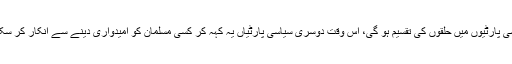
اگر ’گٹھ بندھن ‘ہو گیا تب ’گٹھ بندھن ‘میں شامل سیاسی پارٹیوں میں حلقوں کی تقسیم ہو گی، اس وقت دوسری سیاسی پارٹیاں یہ کہہ کر کسی مسلمان کو امیدواری دینے سے انکار کر سکتی ہیں کہ ’ہم سے تو ایسا کوئی مطالبہ نہیں کیا گیا ‘۔